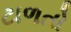
ટાળતો